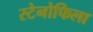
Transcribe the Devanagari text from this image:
स्टेनोफिला